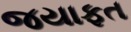
જયાફત